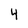
Character: 4